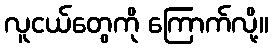
လူငယ်တွေကို ကြောက်လို့။